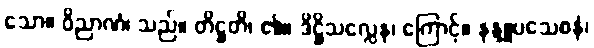
သော။ ဝိညာဏံ၊ သည်။ တိဋ္ဌတိ၊ ၏။ ဒိဋ္ဌိသလ္လေန၊ ကြောင့်။ နန္ဒူပသေစနံ၊